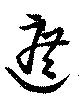
遮